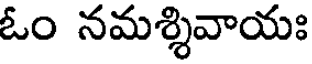
ఓం నమశ్శివాయః